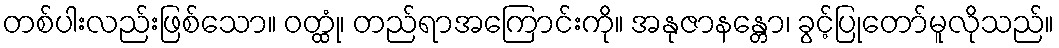
တစ်ပါးလည်းဖြစ်သော။ ဝတ္ထုံ၊ တည်ရာအကြောင်းကို။ အနုဇာနန္တော၊ ခွင့်ပြုတော်မူလိုသည်။